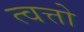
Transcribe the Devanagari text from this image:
त्वत्तो